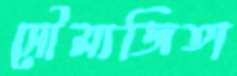
সৌম্যজিতা